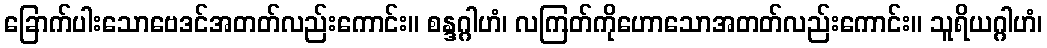
ခြောက်ပါးသောဗေဒင်အတတ်လည်းကောင်း။ စန္ဒဂ္ဂါဟံ၊ လကြတ်ကိုဟောသောအတတ်လည်းကောင်း။ သူရိယဂ္ဂါဟံ၊